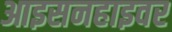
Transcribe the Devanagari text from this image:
आइसनहाइवर